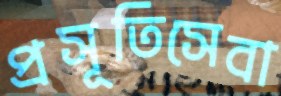
প্রসূতিসেবা